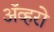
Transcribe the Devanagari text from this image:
ॲव्हरो